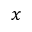
x